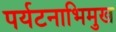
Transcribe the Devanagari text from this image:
पर्यटनाभिमुख